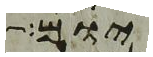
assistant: יום